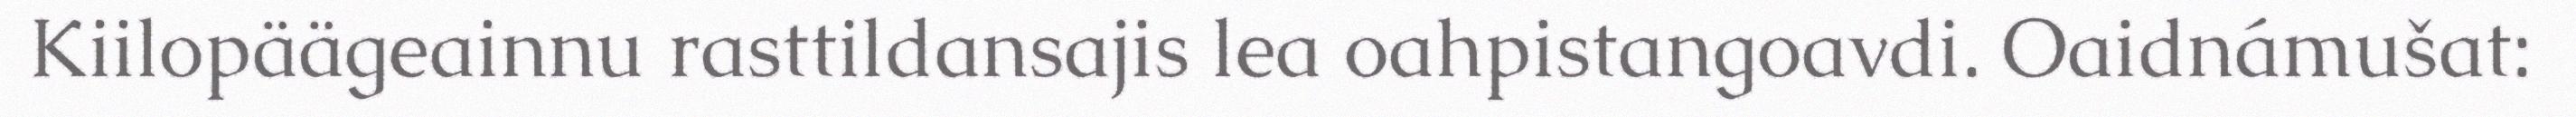
Kiilopäägeainnu rasttildansajis lea oahpistangoavdi. Oaidnámušat: